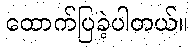
ထောက်ပြခဲ့ပါတယ်။